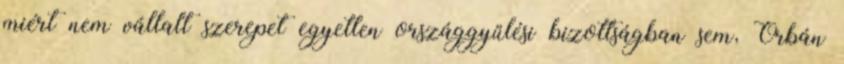
miért nem vállalt szerepet egyetlen országgyűlési bizottságban sem, Orbán